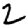
Digit: 2